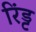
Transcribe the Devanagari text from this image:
रिंड्ट